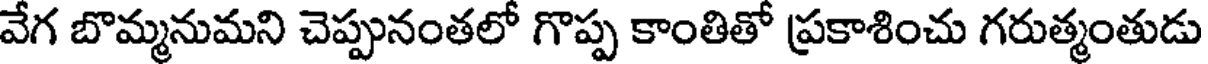
వేగ బొమ్మనుమని చెప్పునంతలో గొప్ప కాంతితో ప్రకాశించు గరుత్మంతుడు